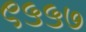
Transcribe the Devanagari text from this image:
९५५७